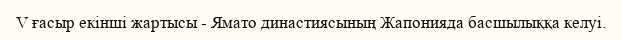
V ғасыр екінші жартысы - Ямато династиясының Жапонияда басшылыққа келуі.